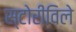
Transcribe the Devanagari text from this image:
स्टोरीविले